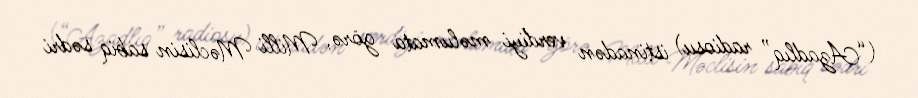
(“Azadlıq” radiosu) istinadən verdiyi məlumata görə, Milli Məclisin sabiq sədri